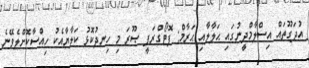
އުދަގޫތައް އިސްލާމްދީނުގައި ޙަލާލާއި ޙަރާމް: ފޮޓޯގްރަފީ ޞޫރަ މި ހިނދުކޮޅު ކަލާޔާއެކު ހިއްސާކޮށްލެވޭނެ